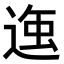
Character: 𮞣